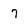
Character: 7